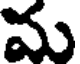
మ